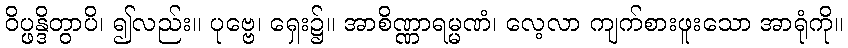
ဝိပ္ဖန္ဒိတွာပိ၊ ၍လည်း။ ပုဗ္ဗေ၊ ရှေး၌။ အာစိဏ္ဏာရမ္မဏံ၊ လေ့လာ ကျက်စားဖူးသော အာရုံကို။